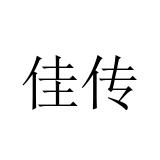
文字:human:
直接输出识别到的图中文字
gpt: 佳传